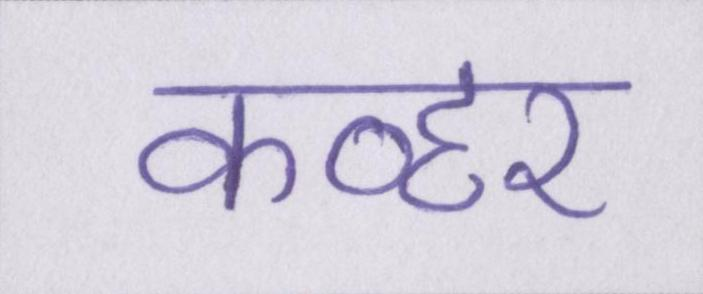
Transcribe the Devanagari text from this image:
कव्हर